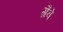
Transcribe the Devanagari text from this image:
ग्रैवे